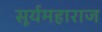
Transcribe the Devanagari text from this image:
सूर्यमहाराज